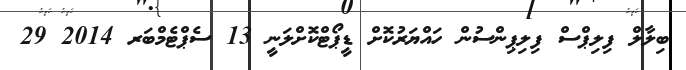
ބިލާލް ފިލިޕްސް ފިލިޕިންސުން ހައްޔަރުކޮށް ޑީޕޯޓްކޮށްލަނީ 13 ސެޕްޓެމްބަރ 2014 29